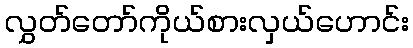
လွှတ်တော်ကိုယ်စားလှယ်ဟောင်း